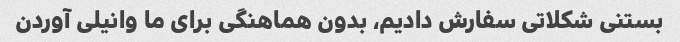
بستنی شکلاتی سفارش دادیم، بدون هماهنگی برای ما وانیلی آوردن